Lunatic asylums Burma 1922-24 - 1922-1924
Year: 1922
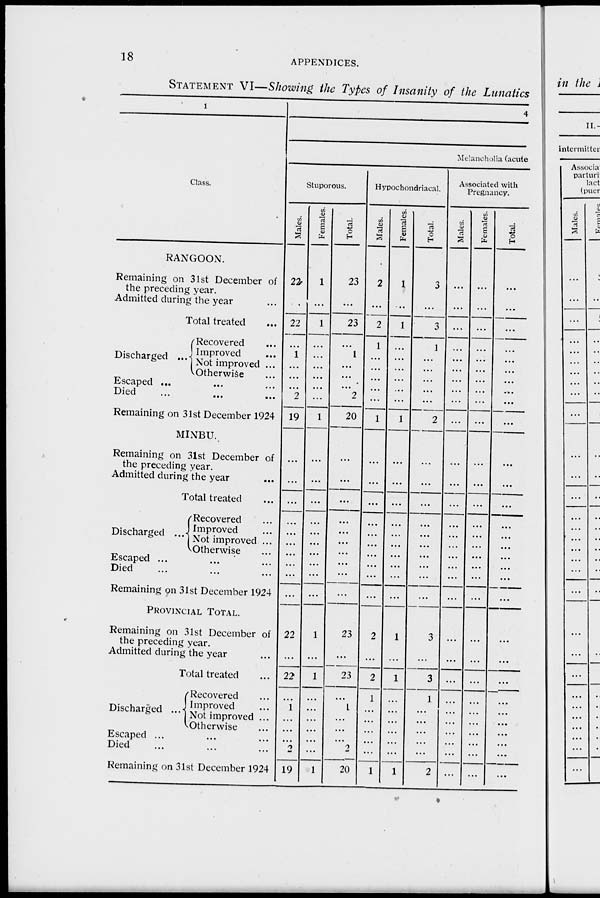
18
APPENDICES.
STATEMENT VI—Showing the Types of Insanity of the Lunatics
1
Class.
RANGOON.
Remaining on 31st December of
the preceding year.
Admitted during the year ...
Total treated ...
Discharged ...
Recovered ...
Improved ...
Not improved ...
Otherwise ...
Escaped ... ... ...
Died ... ... ...
Remaining on 31st December 1924
MINBU.
Remaining on 31st December of
the preceding year.
Admitted during the year ...
Total treated ...
Discharged ...
Recovered ...
Improved ...
Not improved ...
Otherwise ...
Escaped ... ... ...
Died ... ... ...
Remaining on 31st December 1924
PROVINCIAL TOTAL.
Remaining on 31st December of
the preceding year.
Admitted during the year ...
Total treated ...
Discharged ...
Recovered ...
Improved ...
Not improved ...
Otherwise ...
Escaped ... ... ...
Died ... ... ...
Remaining on 31st December 1924
4
Melancholia (acute
Stuporous.
Males.
22
...
22
...
1
...
...
...
2
19
...
...
...
...
...
...
...
...
...
...
22
...
22
...
1
...
...
...
...
19
Females.
1
...
1
...
...
...
...
...
...
1
...
...
...
...
...
...
...
...
...
...
1
...
1
...
...
...
...
...
...
1
Total.
23
...
23
...
1
...
...
...
2
20
...
...
...
...
...
...
...
...
...
...
23
...
23
...
1
...
...
...
...
20
Hypochondriacal.
Males.
2
...
2
1
...
...
...
...
...
1
...
...
...
...
...
...
...
...
...
...
2
...
2
1
...
...
...
...
...
1
Females.
1
...
1
...
...
...
...
...
...
1
...
...
...
...
...
...
...
...
...
...
1
...
1
...
...
...
...
...
...
1
Total.
3
...
3
1
...
...
...
...
...
2
...
...
...
...
...
...
...
...
...
...
3
...
3
1
...
...
...
...
...
2
Associated with
Pregnancy.
Males.
...
...
...
...
...
...
...
...
...
...
...
...
...
...
...
...
...
...
...
...
...
...
...
...
...
...
...
...
...
...
Females.
...
...
...
...
...
...
...
...
...
...
...
...
...
...
...
...
...
...
...
...
...
...
...
...
...
...
...
...
...
...
Total.
...
...
...
...
...
...
...
...
...
...
...
...
...
...
...
...
...
...
...
...
...
...
...
...
...
...
...
...
...
...